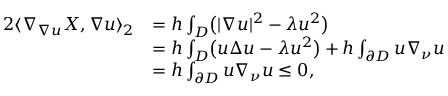
\begin{array} { r l } { 2 \langle \nabla _ { \nabla u } X , \nabla u \rangle _ { 2 } } & { = h \int _ { D } \bigl ( | \nabla u | ^ { 2 } - \lambda u ^ { 2 } \bigr ) } \\ & { = h \int _ { D } \bigl ( u \Delta u - \lambda u ^ { 2 } \bigr ) + h \int _ { \partial D } u \nabla _ { \nu } u } \\ & { = h \int _ { \partial D } u \nabla _ { \nu } u \le 0 , } \end{array}